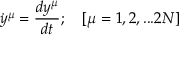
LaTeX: { \dot { y } } ^ { \mu } = { \frac { d y ^ { \mu } } { d t } } ; \quad [ \mu = 1 , 2 , . . . 2 N ]